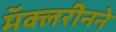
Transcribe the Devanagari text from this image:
मॅक्लरीनने